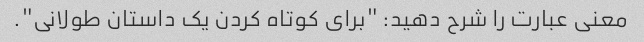
معنی عبارت را شرح دهید: "برای کوتاه کردن یک داستان طولانی".